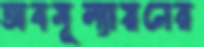
অবমূল্যায়নের